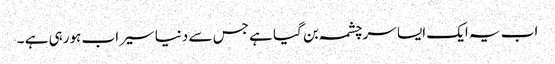
اب یہ ایک ایسا سرچشمہ بن گیا ہے جس سے دنیا سیراب ہورہی ہے ۔